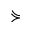
\curlyeqsucc